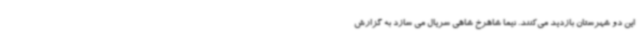
این دو شهرستان بازدید می‌کنند. نیما شاهرخ شاهی سریال می سازد به گزارش